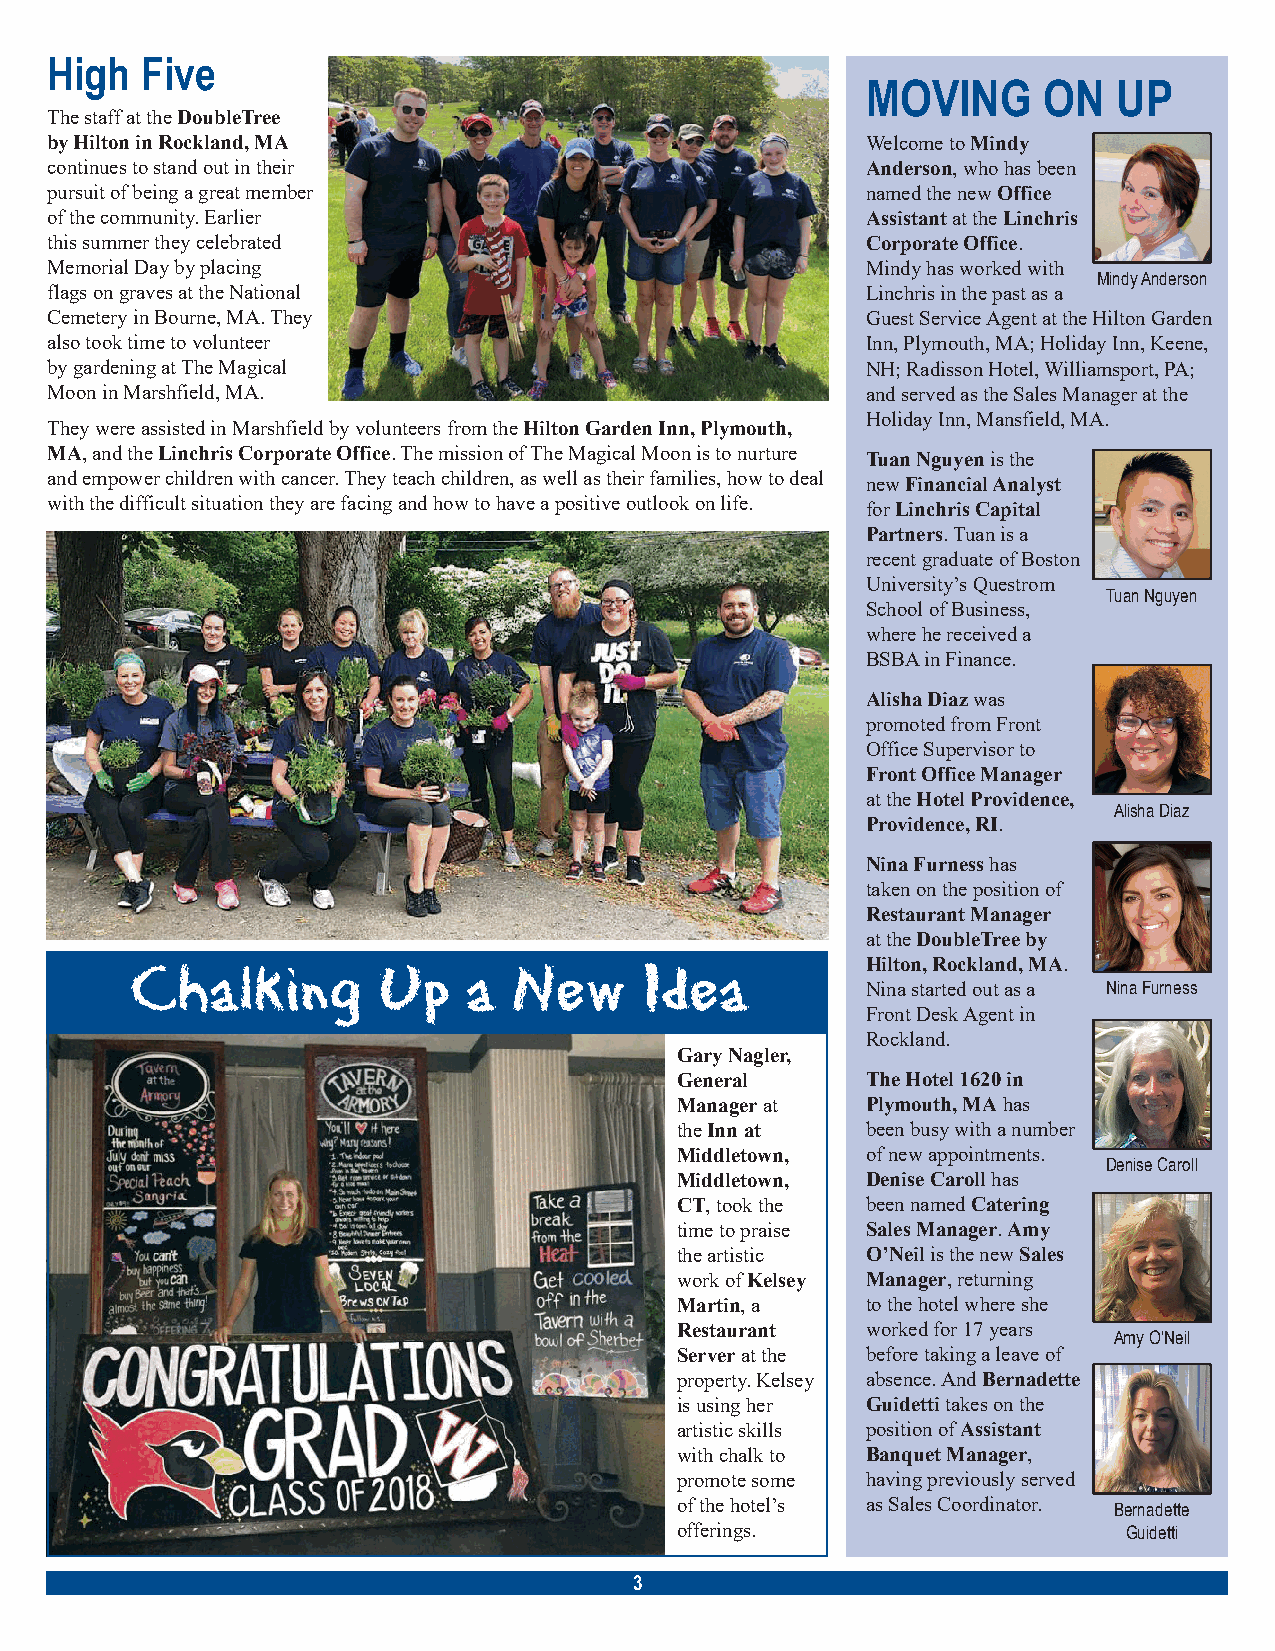
High  Five
 MOVING      ON   UP
 The staff at the DoubleTree
 by Hilton in Rockland, MA                             Welcome to Mindy
 continues to stand out in their                       Anderson, who has been
 pursuit of being a great member                       named the new Office
 of the community. Earlier                             Assistant at the Linchris
 this summer they celebrated                           Corporate Office.
 Memorial Day by placing                               Mindy has worked with
 Mindy Anderson
 flags on graves at the National                       Linchris in the past as a
 Cemetery in Bourne, MA. They                          Guest Service Agent at the Hilton Garden
 also took time to volunteer                           Inn, Plymouth, MA; Holiday Inn, Keene,
 by gardening at The Magical                           NH; Radisson Hotel, Williamsport, PA;
 Moon in Marshfield, MA.                               and served as the Sales Manager at the
 Holiday Inn, Mansfield, MA.
 They were assisted in Marshfield by volunteers from the Hilton Garden Inn, Plymouth,
 MA, and the Linchris Corporate Office. The mission of The Magical Moon is to nurture Tuan Nguyen is the
 and empower children with cancer. They teach children, as well as their families, how to deal new Financial Analyst
 with the difficult situation they are facing and how to have a positive outlook on life. for Linchris Capital
 Partners. Tuan is a
 recent graduate of Boston
 University’s Questrom
 Tuan Nguyen
 School of Business,
 where he received a
 BSBA in Finance.
 Alisha Diaz was
 promoted from Front
 Office Supervisor to
 Front Office Manager
 at the Hotel Providence,
 Alisha Diaz
 Providence, RI.
 Nina Furness has
 taken on the position of
 Restaurant Manager
 at the DoubleTree by
 Chalking        Up    a  New      Idea          Hilton, Rockland, MA.
 Nina started out as a Nina Furness
 Front Desk Agent in
 Rockland.
 Gary Nagler,
 General     The Hotel 1620 in
 Manager at  Plymouth, MA has
 the Inn at  been busy with a number
 Middletown, of new appointments.
 Denise Caroll
 Middletown, Denise Caroll has
 CT, took the been named Catering
 time to praise Sales Manager. Amy
 the artistic O’Neil is the new Sales
 work of Kelsey Manager, returning
 Martin, a   to the hotel where she
 Restaurant  worked for 17 years
 Amy O’Neil
 Server at the before taking a leave of
 property. Kelsey absence. And Bernadette
 is using her Guidetti takes on the
 artistic skills position of Assistant
 with chalk to Banquet Manager,
 promote some having previously served
 of the hotel’s as Sales Coordinator. Bernadette
 offerings.                    Guidetti
 3